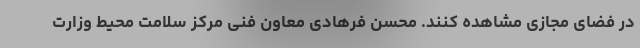
در فضای مجازی مشاهده کنند. محسن فرهادی معاون فنی مرکز سلامت محیط وزارت